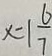
x = 1 \frac { 6 } { 7 }